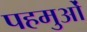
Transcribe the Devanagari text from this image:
पहमुओं